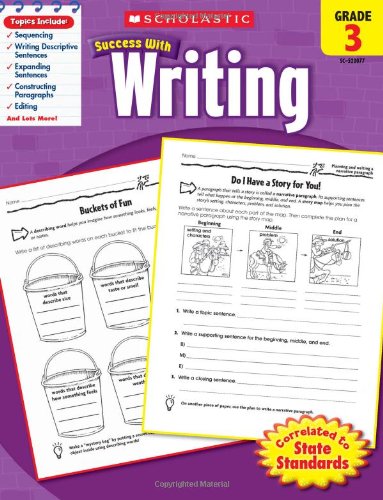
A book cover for Scholastic Success with Writing, Grade 3; Scholastic; Reference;